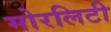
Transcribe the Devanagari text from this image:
मोरलिटी